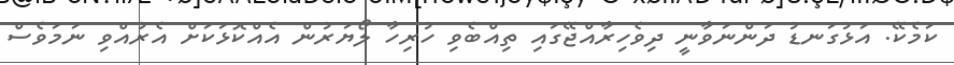
ކަމެކޭ. އަޅުގަނޑު ދަންނަވާނީ ދިވެހިރާއްޖޭގައި ތިއްބެވި ހުރިހާ ލޯޔަރުން އެއްކޮޅަކަށް އެރުއްވި ނަމަވެސް